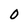
Character: O